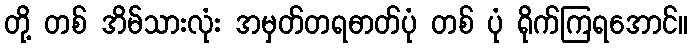
တို့ တစ် အိမ်သားလုံး အမှတ်တရဓာတ်ပုံ တစ် ပုံ ရိုက်ကြရအောင်။